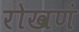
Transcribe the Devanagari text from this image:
रोखणं